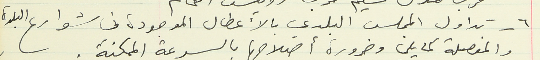
٦ - تداول المجلس البلدي بالأعطال الموجودة في شوارع البلدة